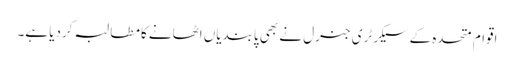
اقوام متحدہ کے سیکرٹری جنرل نے بھی پابندیاں اٹھانے کامطالبہ کردیا ہے۔